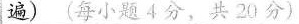
遍) (每小题4分， 共20分)